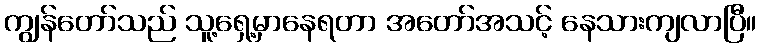
ကျွန်တော်သည် သူ့ရှေ့မှာနေရတာ အတော်အသင့် နေသားကျလာပြီ။